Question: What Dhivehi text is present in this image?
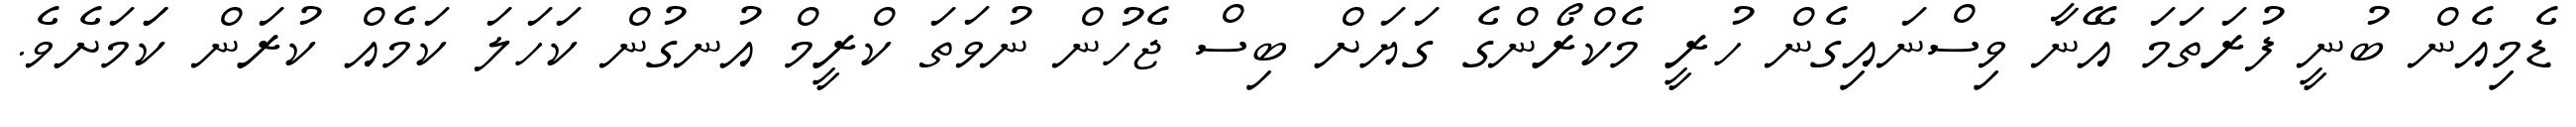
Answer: ޑެމިއެން ބުނީ ފުރަތަމަ އޭނާ ވިސްނައިގެން ހުރީ މެކްރޯންގެ ގަޔަށް ބިސް ޖެހުން ނުވަތަ ކްރީމް އުނގުން ކަހަލަ ކަމެއް ކުރަން ކަަމަށެވެ.